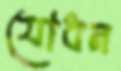
যোধন